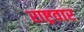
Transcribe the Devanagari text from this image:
राष्ट्रवार